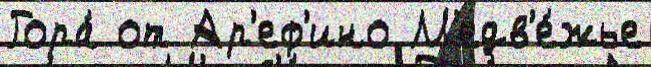
Гора́ от Ар'еф'ино М'едв'е́жье